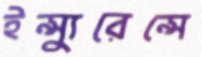
ইন্স্যুরেন্সে